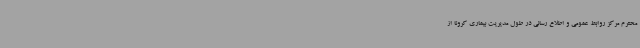
محترم مرکز روابط عمومی و اطلاع رسانی در طول مدیریت بیماری کرونا از